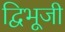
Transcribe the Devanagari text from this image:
द्विभूजी